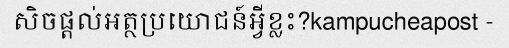
សិចផ្តល់អត្ថប្រយោជន៍អ្វីខ្លះ?kampucheapost -